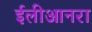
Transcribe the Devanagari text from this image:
ईलीआनरा